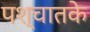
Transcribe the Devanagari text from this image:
पश्चातके